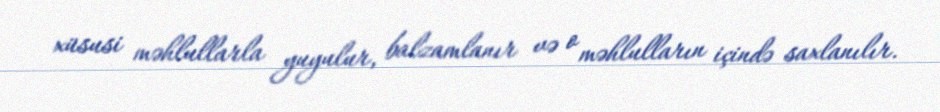
xüsusi məhlullarla yuyulur, balzamlanır və o məhlulların içində saxlanılır.